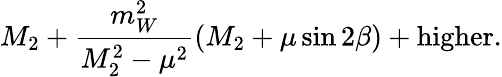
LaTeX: M_{2}+\frac{m_{W}^{2}}{M_{2}^{2}-\mu^{2}}(M_{2}+\mu\sin 2\beta)+\mathrm{higher}.